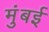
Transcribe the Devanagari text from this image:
मुंंबई